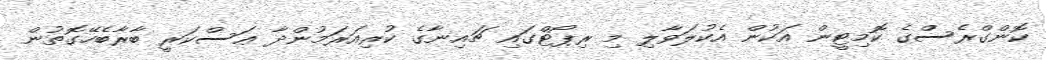
ކޮންގްރެސްގެ ކޮމިޓީން އަކުން އެކުލަވާލި މި ރިޕޯޓްގައި ޗައިނާގެ ކުރިއަރަމުންދާ ޢަސްކަރީ ބާރާބެހޭގޮތުން